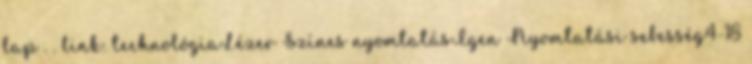
lap . . link: technológiaLézer Színes nyomtatásIgen Nyomtatási sebesség4-18